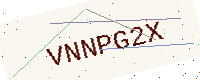
Text: VNNPG2X